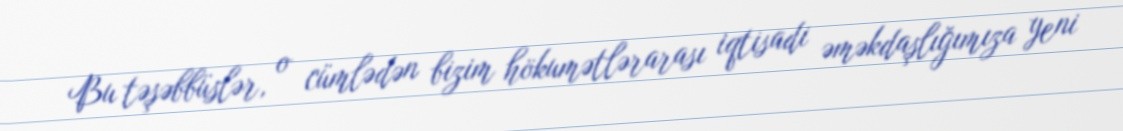
Bu təşəbbüslər, o cümlədən bizim hökumətlərarası iqtisadi əməkdaşlığımıza yeni